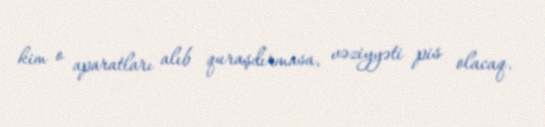
kim o aparatları alıb quraşdırmasa, vəziyyəti pis olacaq.